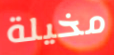
مخيلة